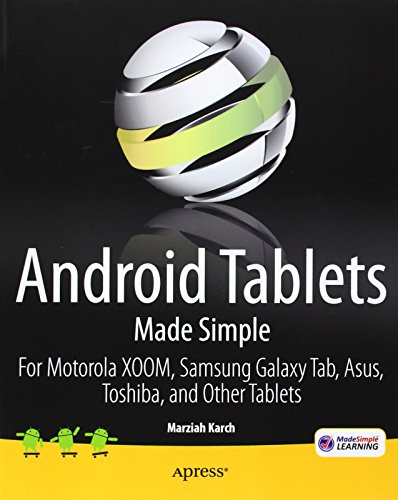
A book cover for Android Tablets Made Simple: For Motorola XOOM, Samsung Galaxy Tab, Asus, Toshiba and Other Tablets; Marziah Karch; Computers & Technology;